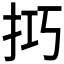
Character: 𢫚